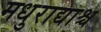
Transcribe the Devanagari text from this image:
मधुराद्याश्च